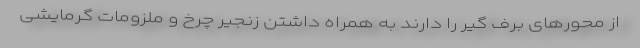
از محورهای برف گیر را دارند به همراه داشتن زنجیر چرخ و ملزومات گرمایشی